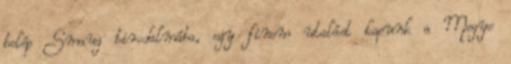
belép Smaug birodalmába, egy finom utalást kapunk a Megye